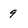
Character: 9